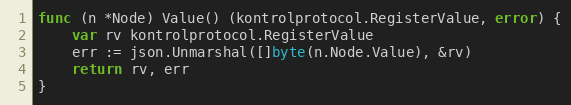
Language: Go
func (n *Node) Value() (kontrolprotocol.RegisterValue, error) {
	var rv kontrolprotocol.RegisterValue
	err := json.Unmarshal([]byte(n.Node.Value), &rv)
	return rv, err
}